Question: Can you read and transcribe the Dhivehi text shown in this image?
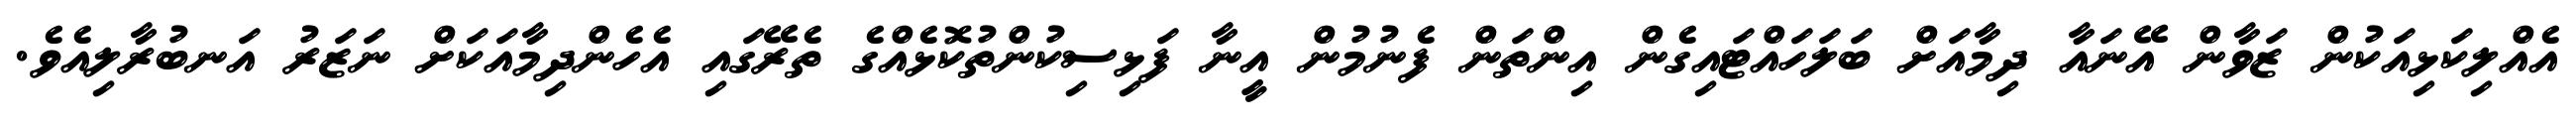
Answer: އެއްލިކަޅިއަކުން ޒަވާން އޭނައާ ދިމާއަށް ބަލަހައްޓައިގެން އިންތަން ފެނުމުން އީނާ ފަޅިސިކުންތުކޮޅެއްގެ ތެރޭގައި އެހެންދިމާއަކަށް ނަޒަރު އަނބުރާލިއެވެ.